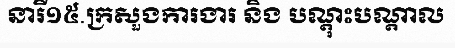
នារី១៥.ក្រសួងការងារ និង បណ្តុះបណ្តាល